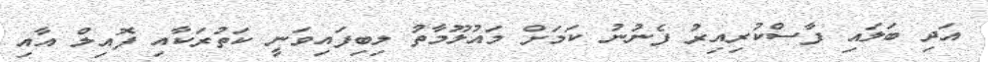
އަދި ބަލައި ފާސްކުރިއިރު ފެނުނު ކަމަށް މައުލޫމާތު ލިބިފައިވަނީ ކަތުރަކާއި ފޮއިލް އާއި